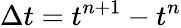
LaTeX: \Delta t=t^{n+1}-t^{n}